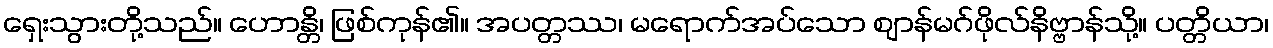
ရှေးသွားတို့သည်။ ဟောန္တိ၊ ဖြစ်ကုန်၏။ အပတ္တဿ၊ မရောက်အပ်သော ဈာန်မဂ်ဖိုလ်နိဗ္ဗာန်သို့။ ပတ္တိယာ၊